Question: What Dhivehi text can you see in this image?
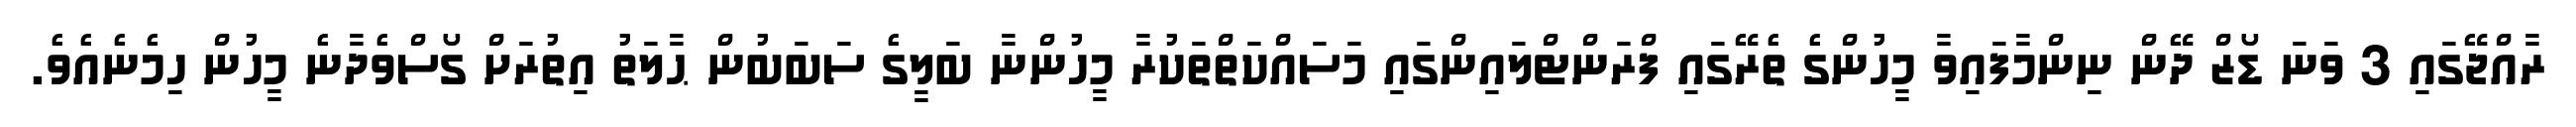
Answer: ރާއްޖޭގައި 3 ވަނަ ޑޯޒް ދޭން ނިންމާފައިވާ މީހުންގެ ތެރޭގައި ފްރަންޓްލައިންގައި މަސައްކަތްތަކުރާ މީހުންނާ ބަލީގެ ސަބަބުން ޙާލަތު އިތުރަށް ގޯސްވެދާނެ މީހުން ހިމެނެއެވެ.